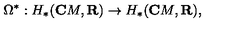
\Omega ^ { \ast } : H _ { \ast } ( { \bf C } M , { \bf R } ) \rightarrow H _ { \ast } ( { \bf C } M , { \bf R } ) ,